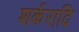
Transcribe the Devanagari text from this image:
शर्करादि